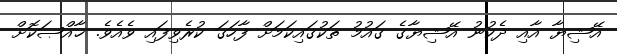
އޭޝިޔާ އާއި ދެކުނު އޭޝިޔާގެ ގައުމު ތަކުގައިކަމަށް ފާހަގަ ކުރެވިފައި ވެއެވެ. ޚާއްޞަކޮށް